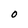
Character: O